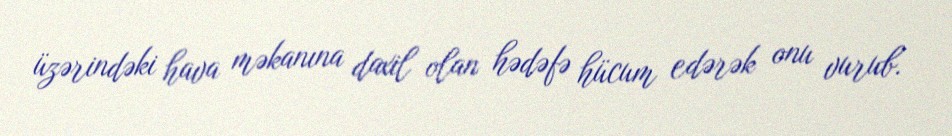
üzərindəki hava məkanına daxil olan hədəfə hücum edərək onu vurub.